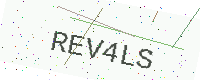
Text: REV4LS